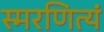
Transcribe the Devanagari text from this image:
स्मरणित्यं